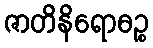
ဇာတိနိရောဓဉ္စ